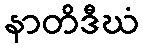
နာတိဒီဃံ